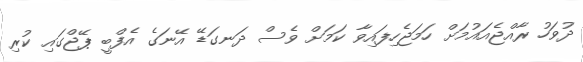
ދުވަހު ރާއްޖެއައުމަށް ހަމަޖެހިފައިވާ ކަމަށް ވެސް ދަނގަޑޭ އޭނަގެ އެފްބީ ޕޭޖްގައި ކުރި